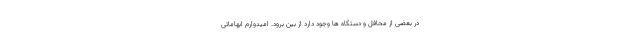
در بعضی از محافل و دستگاه ها وجود دارد از بین برود. امیدوارم ابهاماتی